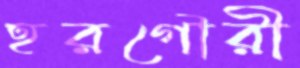
হরগৌরী